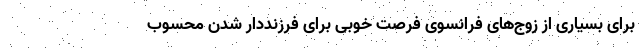
برای بسیاری از زوج‌های فرانسوی فرصت خوبی برای فرزنددار شدن محسوب